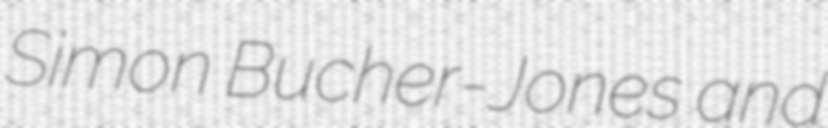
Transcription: Simon Bucher-Jones and